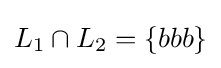
L_{1}\cap L_{2}=\{bbb\}